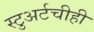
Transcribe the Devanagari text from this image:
स्टुअर्टचीही